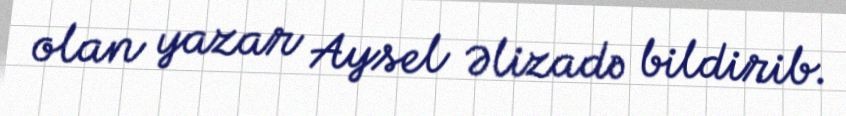
olan yazar Aysel Əlizadə bildirib.